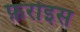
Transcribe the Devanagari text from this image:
फ़रोइस